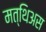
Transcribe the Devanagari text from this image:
मत्थिअस